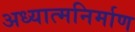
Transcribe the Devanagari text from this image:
अध्यात्मनिर्माण